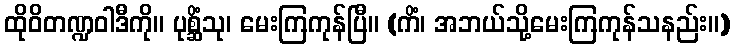
ထိုဝိတဏ္ဍဝါဒီကို။ ပုစ္ဆိံသု၊ မေးကြကုန်ပြီ။ (ကိံ၊ အဘယ်သို့မေးကြကုန်သနည်း။)